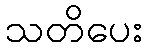
သတိပေး